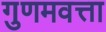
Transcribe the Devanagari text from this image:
गुणमवत्ता